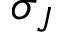
\sigma _ { J }